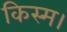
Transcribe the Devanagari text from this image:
किस्म।